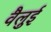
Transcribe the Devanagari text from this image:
वैलुई